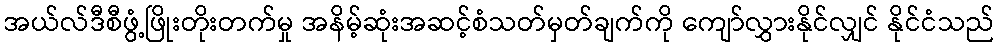
အယ်လ်ဒီစီဖွံ့ဖြိုးတိုးတက်မှု အနိမ့်ဆုံးအဆင့်စံသတ်မှတ်ချက်ကို ကျော်လွှားနိုင်လျှင် နိုင်ငံသည်